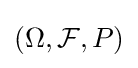
(\Omega ,{\mathcal {F}},P)